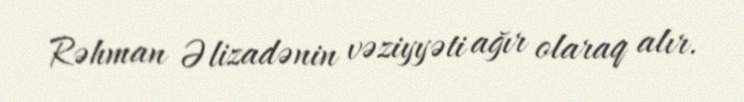
Rəhman Əlizadənin vəziyyəti ağır olaraq alır.